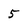
Character: 5